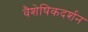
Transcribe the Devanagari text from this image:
वैशेषिकदर्शन